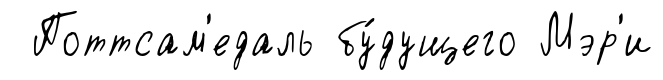
Поттсам'едаль бу́дущего Мэр'и